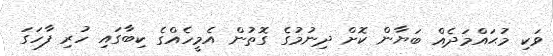
ވަކި މުޙައްމަދެއް ބަޔާން ކޮށް ދިނުމުގެ ގޮތުން އެމީހެއްގެ ކިބާގައި ހުރި ފާހަގަ